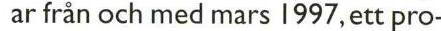
ar från och med mars 1997, ett pro-